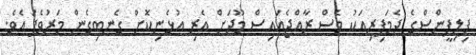
ފިލިޕީންސްގެ ދެމަފިރިއަކު ވެސް ރާއްޖެއައިސް މޫދަށް އެރި އުޅެނިކޮށް ގެނބިގެން މަރުވެފަ އެވެ.